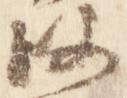
政